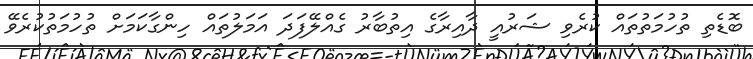
ބޮޑެތި ތުހުމަތުތައް ކުރެވި ޝަރުއީ ދާއިރާގެ އިތުބާރު ގެއްލޭފަދަ އަމަލުތައް ހިންގާކަމަށް ތުހުމަތުކުރެވޭ